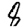
Digit: 8